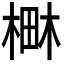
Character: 𣕎